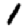
Digit: 1